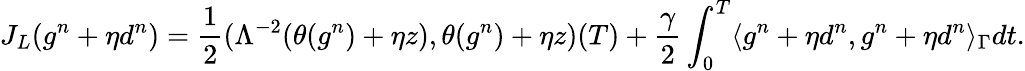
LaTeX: J_{L}(g^{n}+\eta d^{n})=\frac{1}{2}(\Lambda^{-2}(\theta(g^{n})+\eta z),\theta(g^{n})+\eta z)(T)+\frac{\gamma}{2}\int_{0}^{T}\langle g^{n}+\eta d^{n},g^{n}+\eta d^{n}\rangle_{\Gamma}dt.